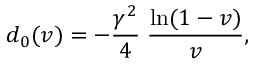
d _ { 0 } ( v ) = - { \frac { \gamma ^ { 2 } } { 4 } } \; { \frac { \ln ( 1 - v ) } { v } } ,